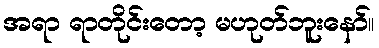
အရာ ရာတိုင်းတော့ မဟုတ်ဘူးနော်။